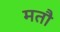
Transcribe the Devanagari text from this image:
मतौ